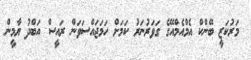
މަރުކަޒީ ބޭންކް އެމްއެމްއޭގެ ގަވަރުނަރު ކަމަށް ހަމަޖައްސަވަން ރައީސް އަބްދު ޔާމީން